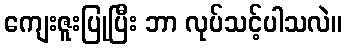
ကျေးဇူးပြုပြီး ဘာ လုပ်သင့်ပါသလဲ။